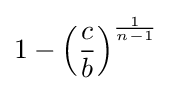
1-\left({\frac {c}{b}}\right)^{\frac {1}{n-1}}